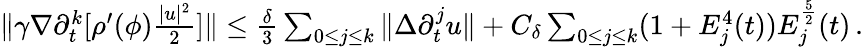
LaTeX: \begin{array}{r}{\| \gamma\nabla\partial_{t}^{k}[\rho^{\prime}(\phi)\frac{|u|^{2}}{2}]\| \leq\frac{\delta}{3}\sum_{0\leq j\leq k}\| \Delta\partial_{t}^{j}u\| +C_{\delta}\sum_{0\leq j\leq k}(1+E_{j}^{4}(t))E_{j}^{\frac{5}{2}}(t)\, .}\end{array}